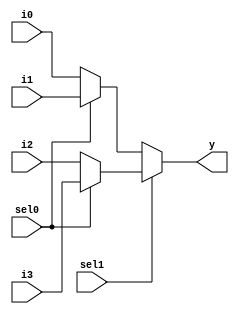
module mux_4_1(input sel1,sel0, i0,i1,i2,i3, output y);
  
  assign y = sel1 ? (sel0 ? i3 :i2) : (sel0 ? i1 : i0);
  
endmodule

module mux_4_1_tb;
  
  reg sel1,sel0,i0,i1,i2,i3;
  wire y;
  
  mux_4_1 m(sel1,sel0,i0,i1,i2,i3,y);
  
  initial
    begin 
      
      $monitor("sel1=%0b, sel0=%0b, i0=%0b, i1=%0b,  i2=%0b, i3=%0b, y=%0b", sel1, sel0, i0, i1, i2, i3,  y);
      
      i0=0; i1=1; i2=0; i3=1;
      
         sel1=0; sel0=0;
      
      #2 sel1=0; sel0=1;
      
      #2 sel1=1; sel0=0;
      
      #2 sel1=1; sel0=1;
      #10;
      $finish;
     
    end
  initial
    begin 
      $dumpfile("mux_4_1.vcd");
      $dumpvars;
    end
endmodule